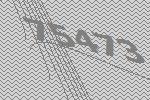
75473